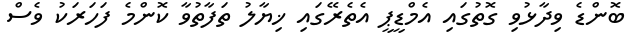
ބޮންޑެ ވިދާޅުވި ގޮތުގައި އެމްޑީޕީ އެތެރޭގައި ޚިޔާލު ތަފާތުވާ ކޮންމެ ފަހަރަކު ވެސް